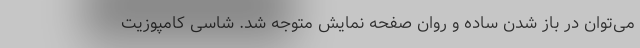
می‌توان در باز شدن ساده و روان صفحه نمایش متوجه شد. شاسی کامپوزیت